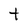
Character: t